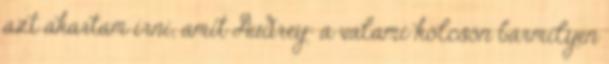
azt akartam írni, amit Audrey: a valami kölcsön bármilyen